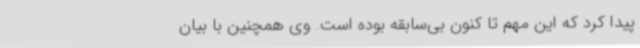
پیدا کرد که این مهم تا کنون بی‌سابقه بوده است. وی همچنین با بیان